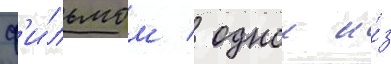
ф'и́льмом / однои и́з